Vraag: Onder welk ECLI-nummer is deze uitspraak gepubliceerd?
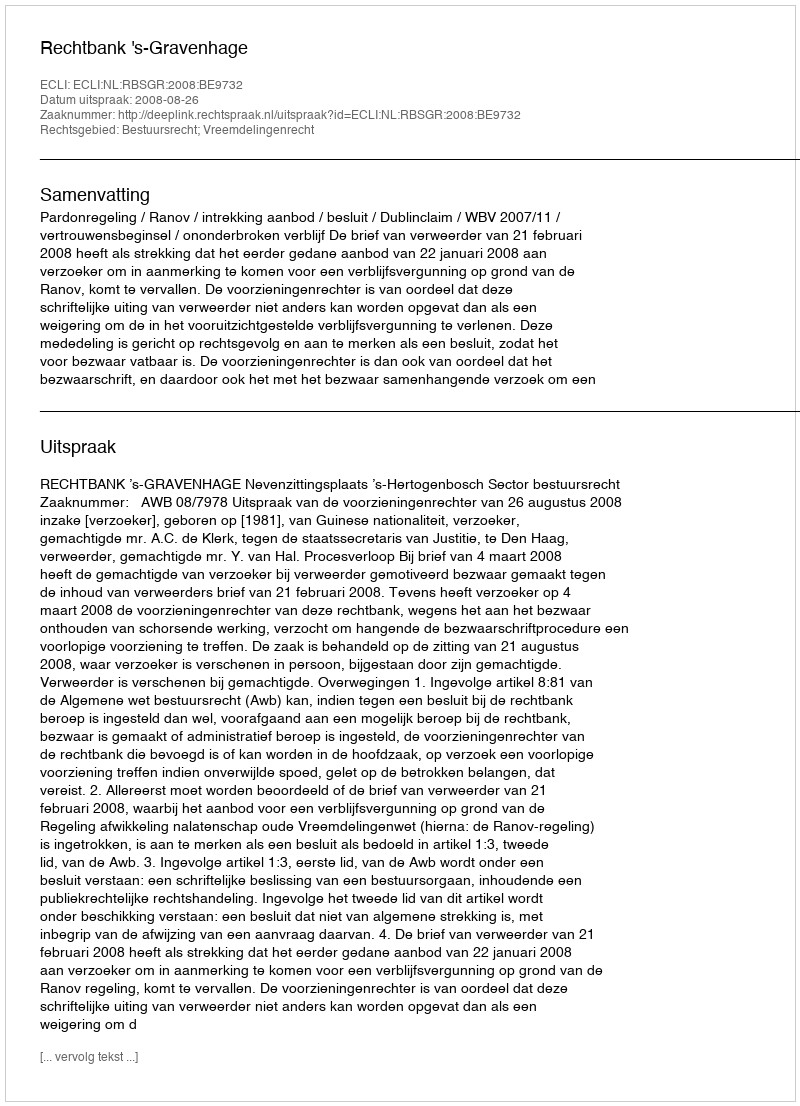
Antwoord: ECLI:NL:RBSGR:2008:BE9732